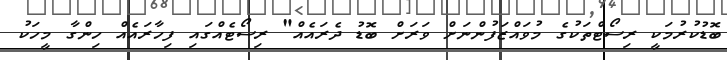
ބޮޑުކުރުމަކީ ރިސޯޓްތަކުގެ މުވައްޒަފުންނަށް ވަރަށް ބޮޑު ދެރައެއް" ރިސޯޓެއްގައި ފިހާރައެއް ހިންގާ މީހަކު